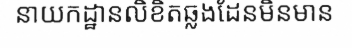
នាយកដ្ឋានលិខិតឆ្លងដែនមិនមាន